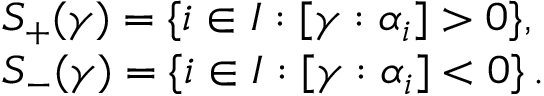
\begin{array} { l } { { S _ { + } ( \gamma ) = \{ i \in I : [ \gamma : \alpha _ { i } ] > 0 \} , } } \\ { { S _ { - } ( \gamma ) = \{ i \in I : [ \gamma : \alpha _ { i } ] < 0 \} \, . } } \end{array}